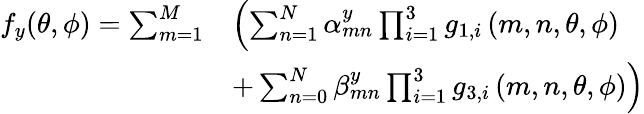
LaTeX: \begin{array}{rl}{f_{y}(\theta,\phi)=\sum_{m=1}^{M}}&{\left(\sum_{n=1}^{N}\alpha_{mn}^{y}\prod_{i=1}^{3}{g_{1,i}}\left(m,n,\theta,\phi\right)\right.}\\ &{\left.+\sum_{n=0}^{N}\beta_{mn}^{y}\prod_{i=1}^{3}{g_{3,i}}\left(m,n,\theta,\phi\right)\right)}\end{array}